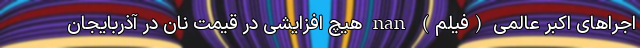
اجراهای اکبر عالمی (فیلم) nan هیچ افزایشی در قیمت نان در آذربایجان